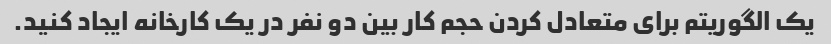
یک الگوریتم برای متعادل کردن حجم کار بین دو نفر در یک کارخانه ایجاد کنید.